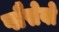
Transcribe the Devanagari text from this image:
प्लैसेबो